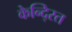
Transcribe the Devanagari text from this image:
केन्दि्रत